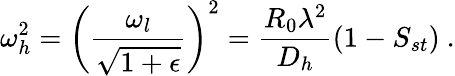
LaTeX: \omega_{h}^{2}=\left(\frac{\omega_{l}}{\sqrt{1+\epsilon}}\right)^{2}=\frac{R_{0}\lambda^{2}}{D_{h}}(1-S_{st})\ .